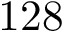
1 2 8